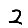
Digit: 2